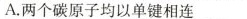
A.两个碳原子均以单键相连